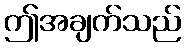
ဤအချက်သည်